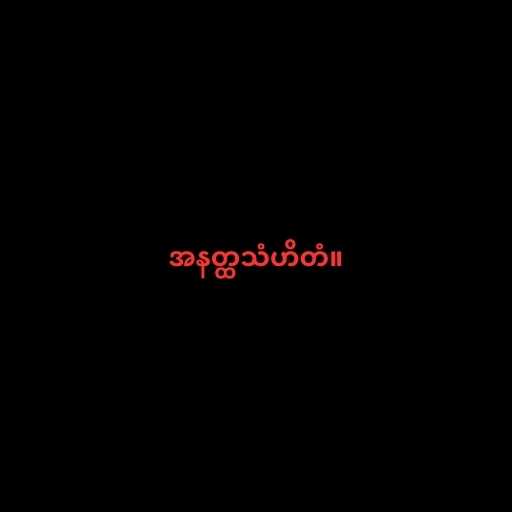
အနတ္ထသံဟိတံ။